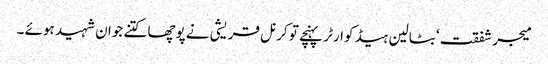
میجر شفقت ‘ بٹالین ہیڈ کوارٹر پہنچے تو کرنل قریشی نے پوچھا کتنے جوان شہید ہوئے ۔